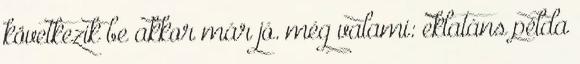
következik be akkor már jó. még valami: eklatáns példa